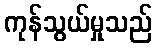
ကုန်သွယ်မှုသည်